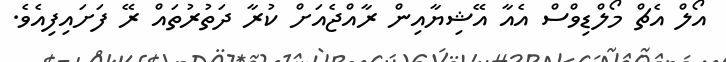
އޯލް އެޗް މޯލްޑިވްސް އެއާ އޭޝިޔާއިން ރާއްޖެއަށް ކުރާ ދަތުރުތައް ރޭ ފަށައިފިއެވެ.